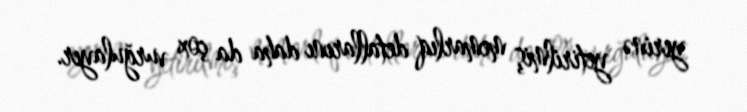
yerinə yetirilmiş memarlıq detallarını daha da çox vurğulayır.